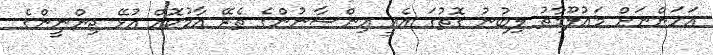
އަހަންނަށް މައުލޫމާތު ލިބުނު ގޮތުގަ އެއީ އިންސާނުންގެ ތެރޭ އާމުކޮއް އުޅޭ ޖިންނީންގެ